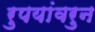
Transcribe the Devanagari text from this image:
रुपयांवरुन